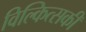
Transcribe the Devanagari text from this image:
विल्कित्सकी